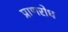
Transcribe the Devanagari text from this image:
प्राणरोध